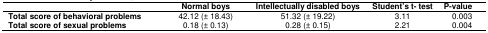
<table><thead><tr><td></td><td><b>Normal boys</b></td><td><b>Intellectually disabled boys</b></td><td><b>Student’s t- test</b></td><td><b>P-value</b></td></tr></thead><tbody><tr><td><b>Total score of behavioral problems</b></td><td>42.12 (± 18.43)</td><td>51.32 (± 19.22)</td><td>3.11</td><td>0.003</td></tr><tr><td><b>Total score of sexual problems</b></td><td>0.18 (± 0.13)</td><td>0.28 (± 0.15)</td><td>2.21</td><td>0.004</td></tr></tbody></table>